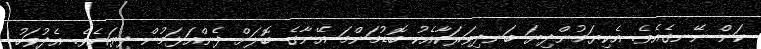
ކަން ނޭނގެއެވެ. އެކިޔަމުންދިޔަ ބަނދިވަރަކާއެކު ބޮޑުމަންމަ އޭނާގެ ބޮލަށް ފެންއަޅަމުން ދިޔައެވެ. އެދުވަހު